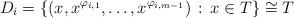
LaTeX: \begin{align*}D_i = \{(x,x^{\varphi_{i,1}}, \ldots, x^{\varphi_{i,m-1}}) \,: \, x \in T \} \cong T\end{align*}